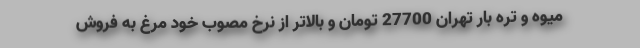
میوه و تره بار تهران 27700 تومان و بالاتر از نرخ مصوب خود مرغ به فروش